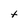
Character: t